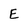
Character: E